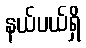
နယ်ပယ်ရှိ